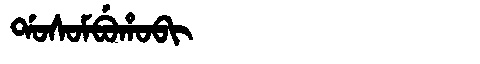
Manchu: ᡩᠣᠰᠣᠮᠪᡠᡥᠣᠪᡳ
Romanization: DOSOMBUHOBI